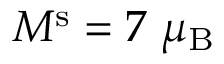
M ^ { \mathrm { s } } = 7 ~ \mu _ { \mathrm { B } }